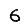
Digit: 6